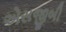
એસજીબી